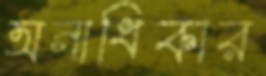
অনাধিকার